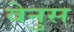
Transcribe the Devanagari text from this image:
वेनुस